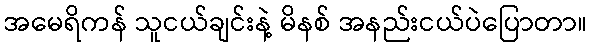
အမေရိကန် သူငယ်ချင်းနဲ့ မိနစ် အနည်းငယ်ပဲပြောတာ။